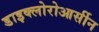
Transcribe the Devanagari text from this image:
डाइक्लोरोआर्सीन